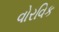
વોરવિક